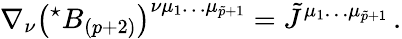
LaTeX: \nabla_{\nu}\left({}^{\star}B_{(p+2)}\right)^{\nu\mu_{1}\ldots\mu_{\tilde{p}+1}}=\tilde{J}^{\mu_{1}\ldots\mu_{\tilde{p}+1}}\, .